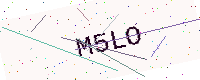
Text: M5LO